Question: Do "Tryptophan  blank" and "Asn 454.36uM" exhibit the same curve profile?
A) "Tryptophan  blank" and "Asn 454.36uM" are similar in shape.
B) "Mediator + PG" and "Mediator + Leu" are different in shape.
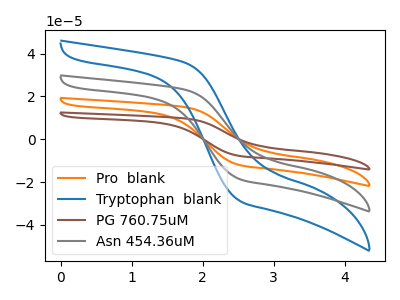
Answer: <think>The orange curve "Pro  blank" has no peaks. The blue curve "Tryptophan  blank" has no peaks. The brown curve "PG 760.75uM" has no peaks. The gray curve "Asn 454.36uM" has no peaks.
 Neither "Tryptophan  blank" or "Asn 454.36uM" have any peaks.</think>
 <answer>A) "Tryptophan  blank" and "Asn 454.36uM" are similar in shape.</answer>
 <eval>A</eval>